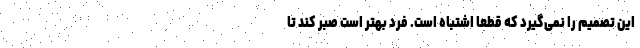
این تصمیم را نمی‌گیرد که قطعا اشتباه است. فرد بهتر است صبر کند تا